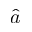
\hat { a }